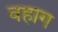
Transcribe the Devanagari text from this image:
वहाग